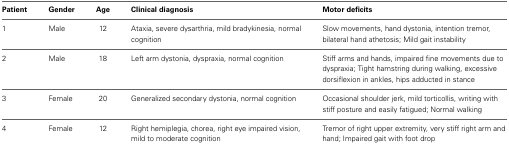
<table><thead><tr><td><b>Patient</b></td><td><b>Gender</b></td><td><b>Age</b></td><td><b>Clinical diagnosis</b></td><td><b>Motor deficits</b></td></tr></thead><tbody><tr><td>1</td><td>Male</td><td>12</td><td>Ataxia, severe dysarthria, mild bradykinesia, normal cognition</td><td>Slow movements, hand dystonia, intention tremor, bilateral hand athetosis; Mild gait instability</td></tr><tr><td>2</td><td>Male</td><td>18</td><td>Left arm dystonia, dyspraxia, normal cognition</td><td>Stiff arms and hands, impaired fine movements due to dyspraxia; Tight hamstring during walking, excessive dorsiflexion in ankles, hips adducted in stance</td></tr><tr><td>3</td><td>Female</td><td>20</td><td>Generalized secondary dystonia, normal cognition</td><td>Occasional shoulder jerk, mild torticollis, writing with stiff posture and easily fatigued; Normal walking</td></tr><tr><td>4</td><td>Female</td><td>12</td><td>Right hemiplegia, chorea, right eye impaired vision, mild to moderate cognition</td><td>Tremor of right upper extremity, very stiff right arm and hand; Impaired gait with foot drop</td></tr></tbody></table>